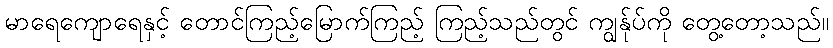
မာရေကျောရေနှင့် တောင်ကြည့်မြောက်ကြည့် ကြည့်သည်တွင် ကျွန်ုပ်ကို တွေ့တော့သည်။